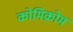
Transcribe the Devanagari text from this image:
कोमिक्रोम